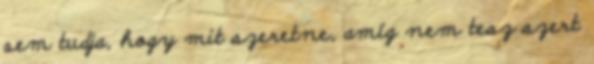
sem tudja, hogy mit szeretne, amíg nem tesz szert